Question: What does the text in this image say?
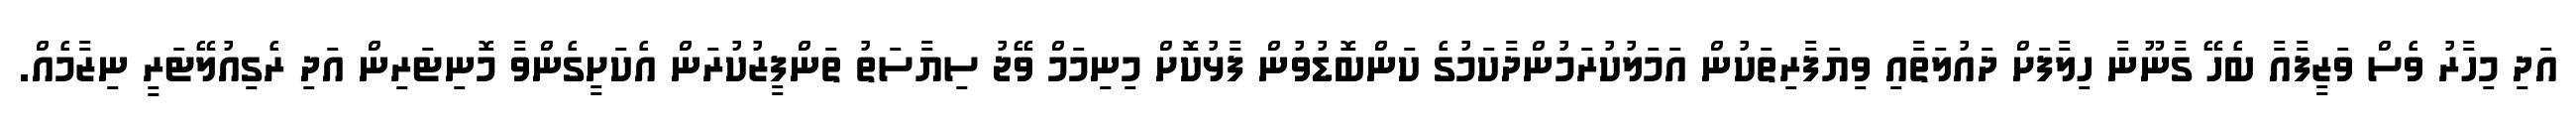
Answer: އަދި މިހާރު ވެސް ވަޒީފާއާ ބެހޭ ގާނޫނާ ހިލާފަށް ދައުލަތާއި ވިޔަފާރިތަކުން އަމަލުކުރަމުންދާކަމުގެ ކަންބޮޑުވުން ފާޅުކޮށް މިނިމަމް ވޭޖު ސިޔާސަތު ތަންފީޒުކުރަން އެކަށީގެންވާ މޮނިޓަރިން އަދި ރެގިއުލޭޓަރީ ނިޒާމެއް.